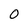
Character: 0